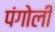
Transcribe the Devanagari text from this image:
पंगोली